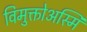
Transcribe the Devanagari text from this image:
विमुक्तोअस्मि